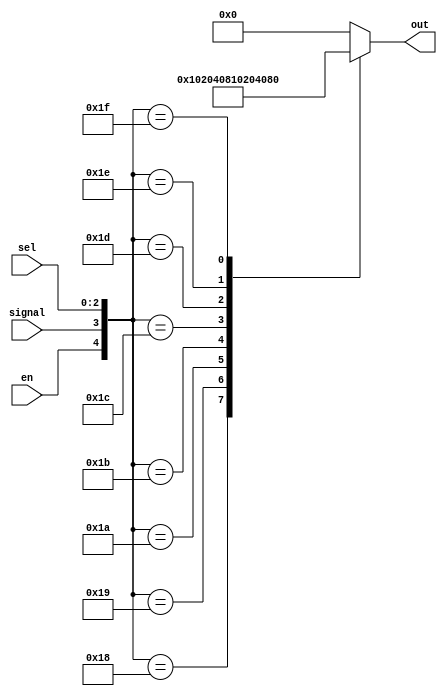
`timescale 1ns / 1ps
//////////////////////////////////////////////////////////////////////////////////// 
//
// Project: Project 4-UART
// Created by <Dustin Nguyen> on <April 17th, 2020>
//
// In submitting this file for class work at CSULB
// I am confirming that this is my work and the work of no one else. 
// 
// In submitting this code I acknowledge that plagiarism in student project
// work is subject to dismissal from the class. 
////////////////////////////////////////////////////////////////////////////////

module addr_decode(en, signal, sel, out);

	input [2:0]  sel;
   input	       en, signal; 
	
	output reg [7:0] out; 

	always @ (*)
		casez({en, signal, sel})
			5'b0_0_???: out = 8'b0000_0000;
			
			5'b1_1_000: out = 8'b0000_0001;
			5'b1_1_001: out = 8'b0000_0010;
			5'b1_1_010: out = 8'b0000_0100;
			5'b1_1_011: out = 8'b0000_1000;
			
			5'b1_1_100: out = 8'b0001_0000;
			5'b1_1_101: out = 8'b0010_0000;
			5'b1_1_110: out = 8'b0100_0000;
			5'b1_1_111: out = 8'b1000_0000;
			default: out = 8'b0000_0000;
		endcase
		
endmodule